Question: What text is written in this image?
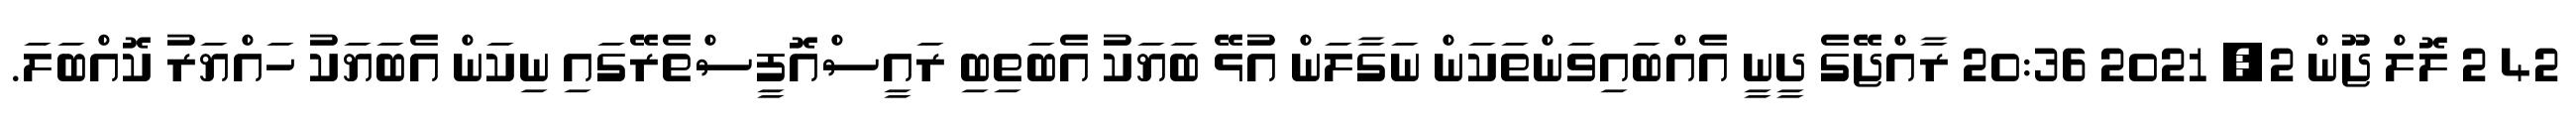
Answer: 42 2 ލޮލް ޖޫން 2, 2021 20:36 ރާއްޖޭގެ ދީނީ އެއްބައިވަންތަކަން ނަގާލަން އުޅޭ ބަޔަކު އެބަތިބި ރައީސްއޮފީސްތެރޭގައި ނިކަން އެބަޔަކު ހައްޔަރު ކޮއްބަލަ.